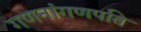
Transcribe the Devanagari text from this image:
गणनांगणपति